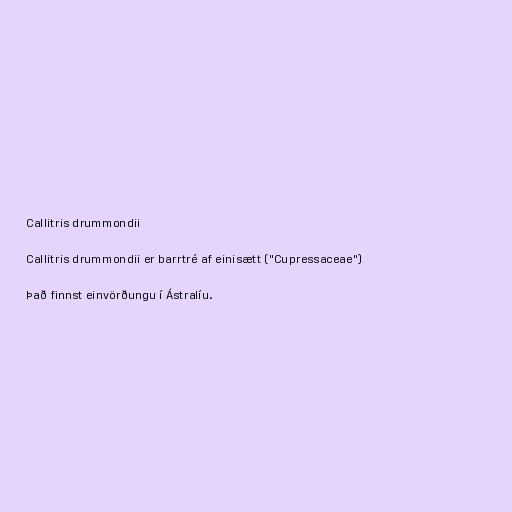
Callitris drummondii

Callitris drummondii er barrtré af einisætt ("Cupressaceae")

Það finnst einvörðungu í Ástralíu.